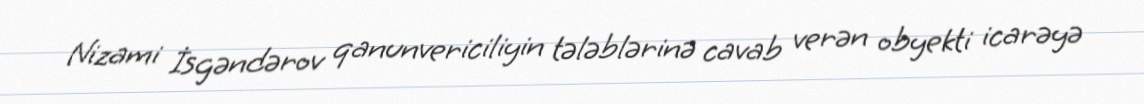
Nizami İsgəndərov qanunvericiliyin tələblərinə cavab verən obyekti icarəyə